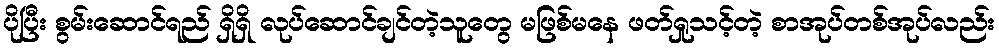
ပိုပြီး စွမ်းဆောင်ရည် ရှိရှိ လုပ်ဆောင်ချင်တဲ့သူတွေ မဖြစ်မနေ ဖတ်ရှုသင့်တဲ့ စာအုပ်တစ်အုပ်လည်း